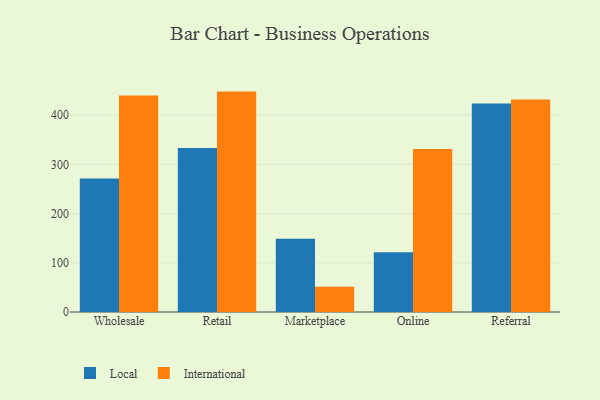
{"axis": {"x": "Channel", "y": "LTV (USD)"}, "legend": ["International", "Local"], "data": [{"x": "Wholesale", "y": 271.5, "type": "Local"}, {"x": "Wholesale", "y": 439.9, "type": "International"}, {"x": "Retail", "y": 333.5, "type": "Local"}, {"x": "Retail", "y": 447.9, "type": "International"}, {"x": "Marketplace", "y": 148.9, "type": "Local"}, {"x": "Marketplace", "y": 51.4, "type": "International"}, {"x": "Online", "y": 121.6, "type": "Local"}, {"x": "Online", "y": 331.5, "type": "International"}, {"x": "Referral", "y": 423.9, "type": "Local"}, {"x": "Referral", "y": 431.6, "type": "International"}]}